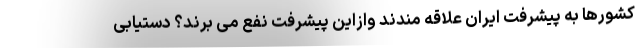
کشورها به پیشرفت ایران علاقه ­مندند وازاین پیشرفت نفع می برند؟ دستیابی